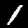
Label: 1